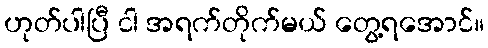
ဟုတ်ပါပြီ ငါ အရက်တိုက်မယ် တွေ့ရအောင်။